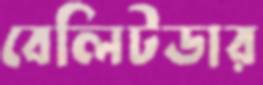
বেলিটডার